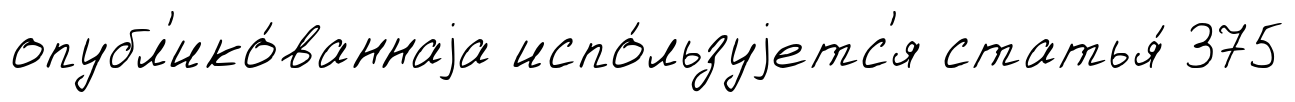
опубл'ико́ваннаjа испо́льзуjетс'я статья́ 375